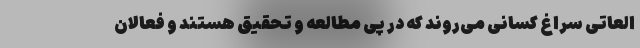
العاتی سراغ کسانی می‌روند که در پی مطالعه و تحقیق هستند و فعالان